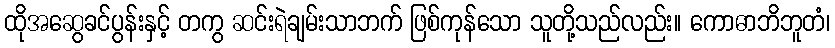
ထိုအဆွေခင်ပွန်းနှင့် တကွ ဆင်းရဲချမ်းသာဘက် ဖြစ်ကုန်သော သူတို့သည်လည်း။ ကောဓာဘိဘူတံ၊